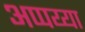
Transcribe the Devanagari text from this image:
अप्पय्या